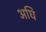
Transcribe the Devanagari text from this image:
अघि